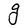
Character: g